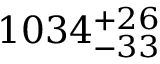
1 0 3 4 _ { - 3 3 } ^ { + 2 6 }